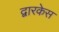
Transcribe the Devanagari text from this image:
द्वारकेस